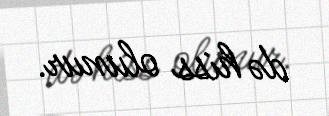
də hiss olunur.